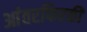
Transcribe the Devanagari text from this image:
आंतरफिरकी